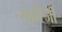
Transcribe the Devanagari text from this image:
खारिजी